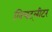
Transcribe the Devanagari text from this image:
लिचट्लीटर